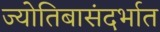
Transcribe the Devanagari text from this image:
ज्योतिबासंदर्भात